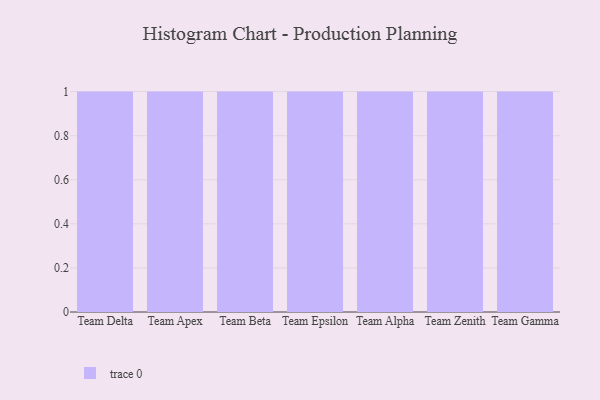
{"axis": {"x": "Team", "y": "Temperature (°C)"}, "legend": [""], "data": [{"x": "Team Delta", "y": 54, "type": ""}, {"x": "Team Apex", "y": 32, "type": ""}, {"x": "Team Beta", "y": 40, "type": ""}, {"x": "Team Epsilon", "y": 24, "type": ""}, {"x": "Team Alpha", "y": 7, "type": ""}, {"x": "Team Zenith", "y": 88, "type": ""}, {"x": "Team Gamma", "y": 60, "type": ""}]}